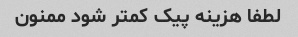
لطفا هزینه پیک کمتر شود ممنون